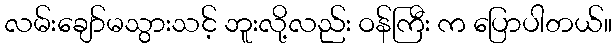
လမ်းချော်မသွားသင့် ဘူးလို့လည်း ဝန်ကြီး က ပြောပါတယ်။